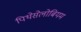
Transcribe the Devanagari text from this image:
पिथेसेलोबियम